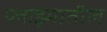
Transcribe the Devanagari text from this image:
प्लाझ्मातील